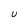
Character: U